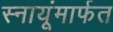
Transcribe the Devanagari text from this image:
स्नायूंमार्फत